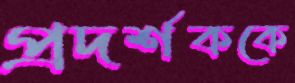
প্রদর্শককে